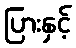
ပြားနှင့်